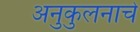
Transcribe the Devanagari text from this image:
अनुकुलनाचे